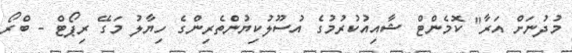
މުދުނަށް އަރާ" ކޮމެންޓް ޝާއިއުކުރުމުގެ އުސޫލުކިޔުންތެރިންގެ ހިޔާލު މަގޭ ރިޕޯޓް - ބްރޯ